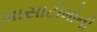
માસાટોમોની